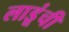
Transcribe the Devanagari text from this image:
लाडूंची